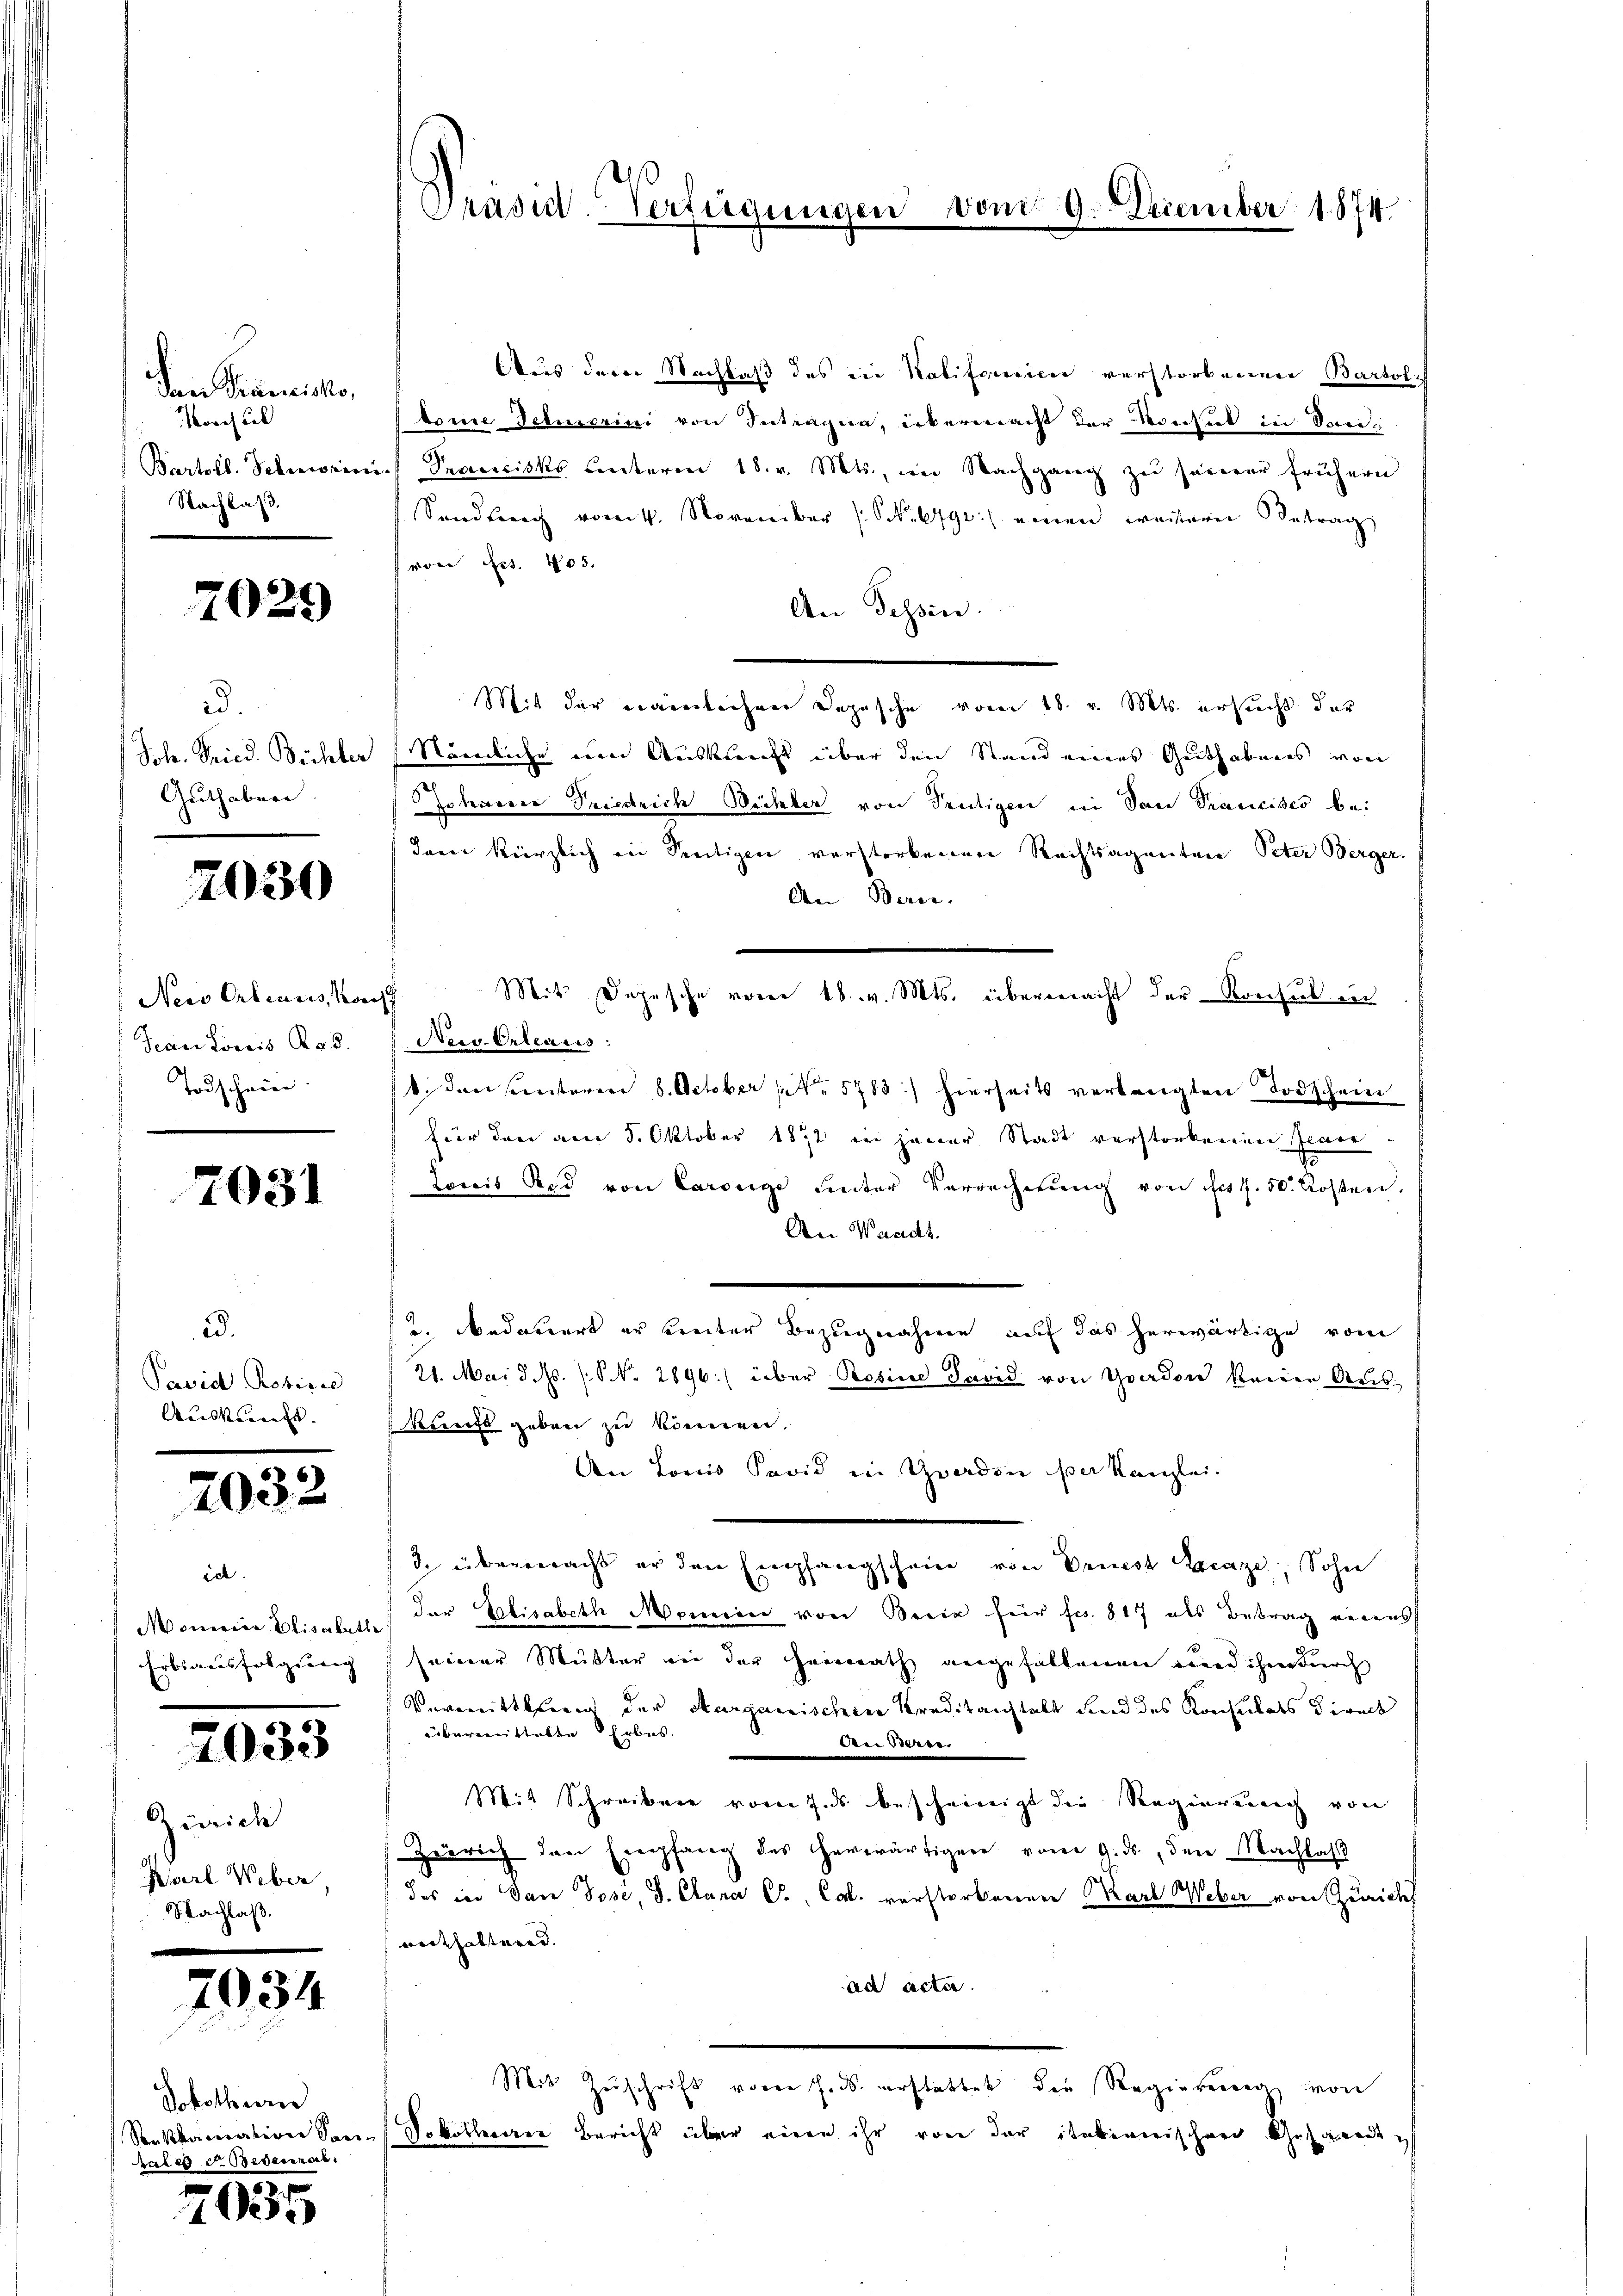
Den Trauristo,
oschul
Bartoll. Schronin
Nachlaß.

7025)

d.
Joh. Fried. Bichler
Guthaben.

2030

Nei Ortiaus, Vor
Tcan Löwis Rob.
Todschein.

7031

ad.
Pavid Robinse
Auskunft.

1032

ich.
Moncier, Elisabeth
Erbsausfolgung

2033

Ainrich
Karl Weber,
Nachlaß.

934

Solothurn
Senkkamatione See
talen d. Bedeneral

7035

Aus der Nachlaß des ein Kalifornien verstorbenen Bartoli
tome Fetuerini von Intragen, übermacht der Monsul in Sania. Francisks unterm 18. v. Mts., im Nachgang zŭ seiner frühern
Sandbuch vom 4. November (Schulge) einen weitere Betrag
von Art. 405.
An Tessin.
Mit der Laibachen Depesche vom 18. v. Mts. ersucht der
Nämliche von Auskunft über den Stand eines Geithabenes von
Zobeverer Friedrich Büchler von Trutigen in San Prancises be¬
Jane kürzlich an Seeitigen verstorbenen Rechtsagenten Peter Berger.
An Bern.
¬
Neco-Orleacis:
b. den sunteren 8. October 1. 5783) hierseits verlangten Todschein
für den am 5. Oktober 1872 in jener Stadt verstorbenen Jenie
Lois Rod von Caroege Liter Verrechnung von für f. 50. Kosten,
An Waadt.
u. bedauert er streiter Bezugnahmen auf das herwärtige vom
21. Mai d. M. (S. 2896) über Rosine Pavid von Graden keine Aus-
kunft geben zu können.
den Louis Savid in Yverden per Kanzlei.
2. übergerracht er den Empfangschein von Vriest Graze, Sohn
der Elisabeth Momen von Beiz für Fr. 817 als Betrag erwalt
seiner Mutter an der Heimath angefallenen und ihn durch
Vermittlung der Aargarischen Kreditanstalt und des Konsulats Direct
übermittelte Erbes
den Beren. |
Mit Schreiben vom 7. ds bescheinigt die Regierenach von
Zürich den Empfang des herwärtigen vom 9. ds, den Nachlaβ
das in San Jose, S. Clana C., Cal. verstorbennen Karl Weber von Zürich
arckhaltend.
ad acta.
Mit Zuschrift vorer J. ds. erstattet die Regierung von
Dokothecarer Bericht über einen ihr von der itationischen Gesande

Prasil-Verfügungen

Mit Depesche vom 18. v. Mts. übermacht der Kreisul in

9. Dezember 1874.